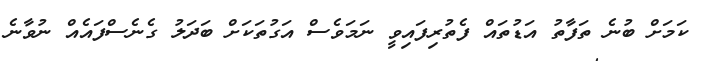
ކަމަށް ބުނެ ތަފާތު އަޑުތައް ފެތުރިފައިވީ ނަމަވެސް އަގުތަކަށް ބަދަލު ގެނެސްފައެއް ނުވާނެ